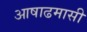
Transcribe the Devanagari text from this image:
आषाढमासी